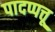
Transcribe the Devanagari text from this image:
पादप्पत्तू